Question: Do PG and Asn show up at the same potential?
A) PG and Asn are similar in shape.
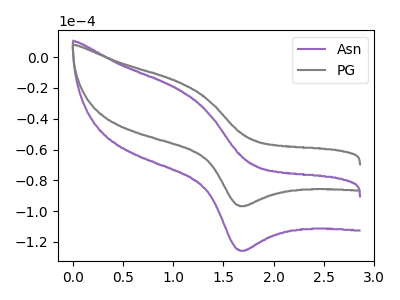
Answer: <think>The purple curve "Asn" has an anodic peak at (1.05V, -21.15uA) and a cathodic peak at (1.70V, -125.85uA). The gray curve "PG" has an anodic peak at (1.05V, -16.25uA) and a cathodic peak at (1.70V, -96.85uA).
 All the peaks in "PG" have a peak in "Asn" at the same potential.</think>
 <answer>A) "PG" and "Asn" are similar in shape.</answer>
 <eval>A</eval>